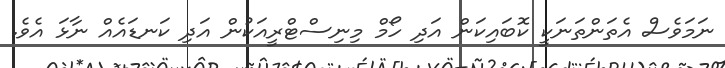
ނަމަވެސް އެތަންތަނަކީ ކޮބައިކަން އަދި ހޯމް މިނިސްޓްރީއަކުން އަދި ކަނޑައެއް ނާޅަ އެވެ.